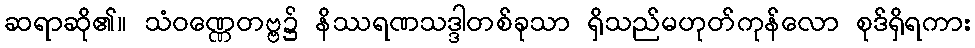
ဆရာဆို၏။ သံဝဏ္ဏေတဗ္ဗ၌ နိဿရဏသဒ္ဒါတစ်ခုသာ ရှိသည်မဟုတ်ကုန်လော စုဒ်ရှိရကား